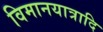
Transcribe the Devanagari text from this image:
विमानयात्रादि